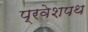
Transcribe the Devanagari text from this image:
प्रवेशपथ